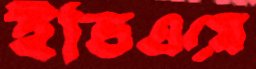
ইভিএমে